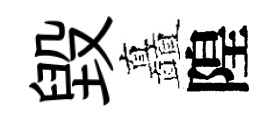
毁矗隍